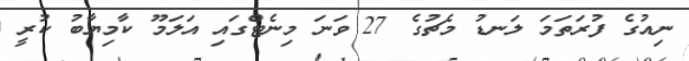
ނިއުގެ ފުރަތަމަ ލަނޑު މެޗުގެ 27 ވަނަ މިނެޓްގައި އަލަމޫ ކާމިޔާބު ކުރީ